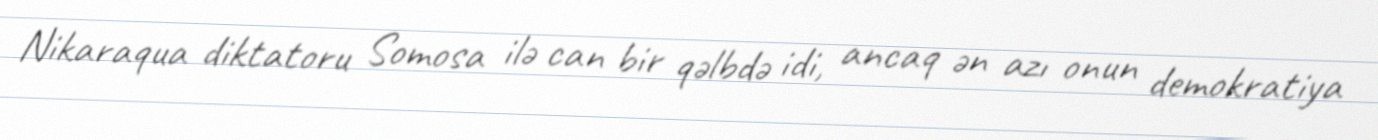
Nikaraqua diktatoru Somosa ilə can bir qəlbdə idi, ancaq ən azı onun demokratiya